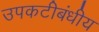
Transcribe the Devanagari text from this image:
उपकटीबंधीय